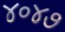
૪૦૪૭